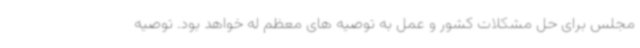
مجلس برای حل مشکلات کشور و عمل به توصیه های معظم له خواهد بود. توصیه